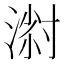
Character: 𱧸